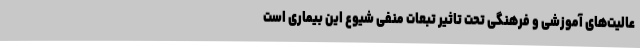
عالیت‌های آموزشی و فرهنگی تحت تاثیر تبعات منفی شیوع این بیماری است